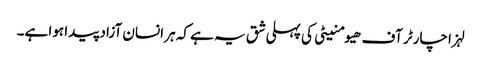
لہزا چارٹر آف ھیومنیٹی کی پہلی شق یہ ہے کہ ہر انسان آزاد پیدا ہوا ہے۔